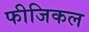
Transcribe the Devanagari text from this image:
फीजिकल